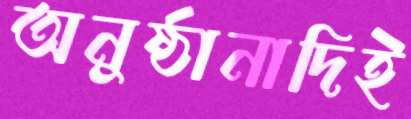
অনুষ্ঠানাদিই